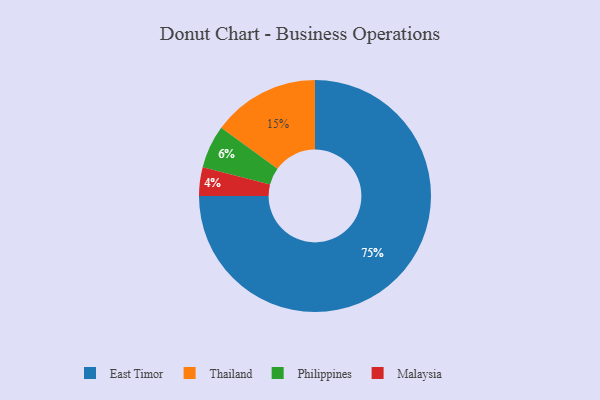
{"axis": {"x": "Category", "y": "Percentage"}, "legend": ["East Timor", "Malaysia", "Philippines", "Thailand"], "data": [{"x": "Thailand", "y": 15, "type": "Thailand"}, {"x": "Malaysia", "y": 4, "type": "Malaysia"}, {"x": "Philippines", "y": 6, "type": "Philippines"}, {"x": "East Timor", "y": 75, "type": "East Timor"}]}